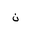
Letter: _non